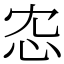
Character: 𢗐